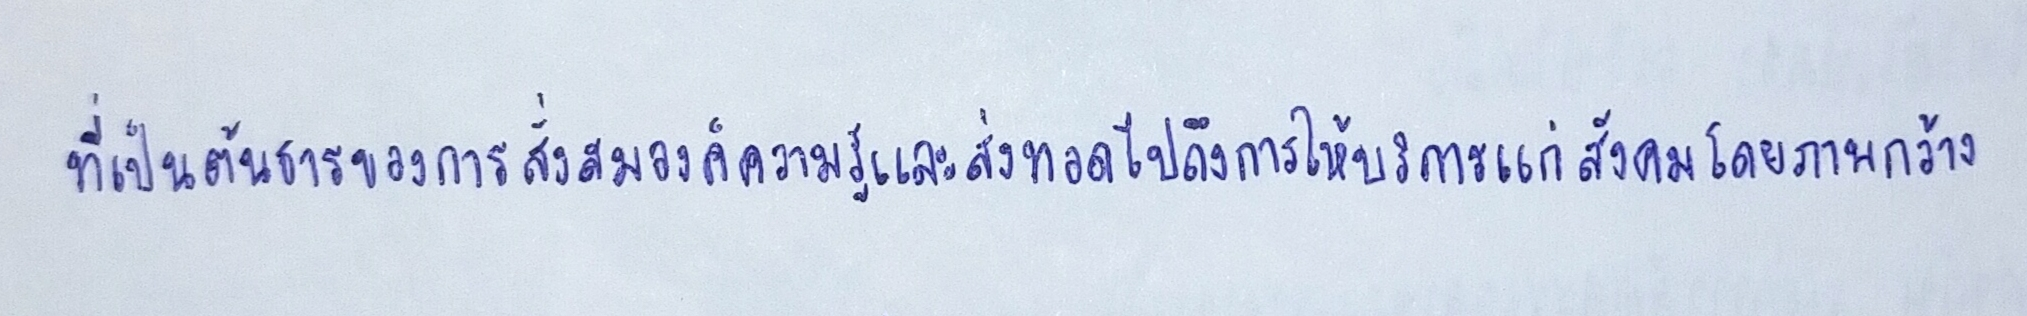
ที่เป็นต้นธารของการสั่งสมองค์ความรู้และส่งทอดไปถึงการให้บริการแก่สังคมโดยภาพกว้าง